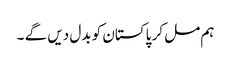
ہم مل کر پاکستان کو بدل دیں گے ۔